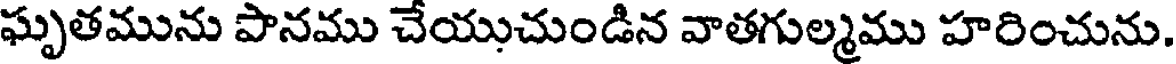
ఘృతమును పానము చేయుచుండిన వాతగుల్మము హరించును.